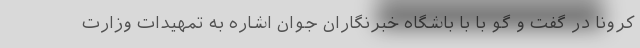
کرونا در گفت و گو با با باشگاه خبرنگاران جوان اشاره به تمهیدات وزارت